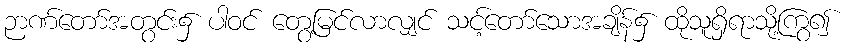
ဉာဏ်တော်အတွင်း၌ ပါဝင် တွေ့မြင်လာလျှင် သင့်တော်သောအချိန်၌ ထိုသူရှိရာသို့ကြွ၍